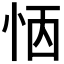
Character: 𢙖